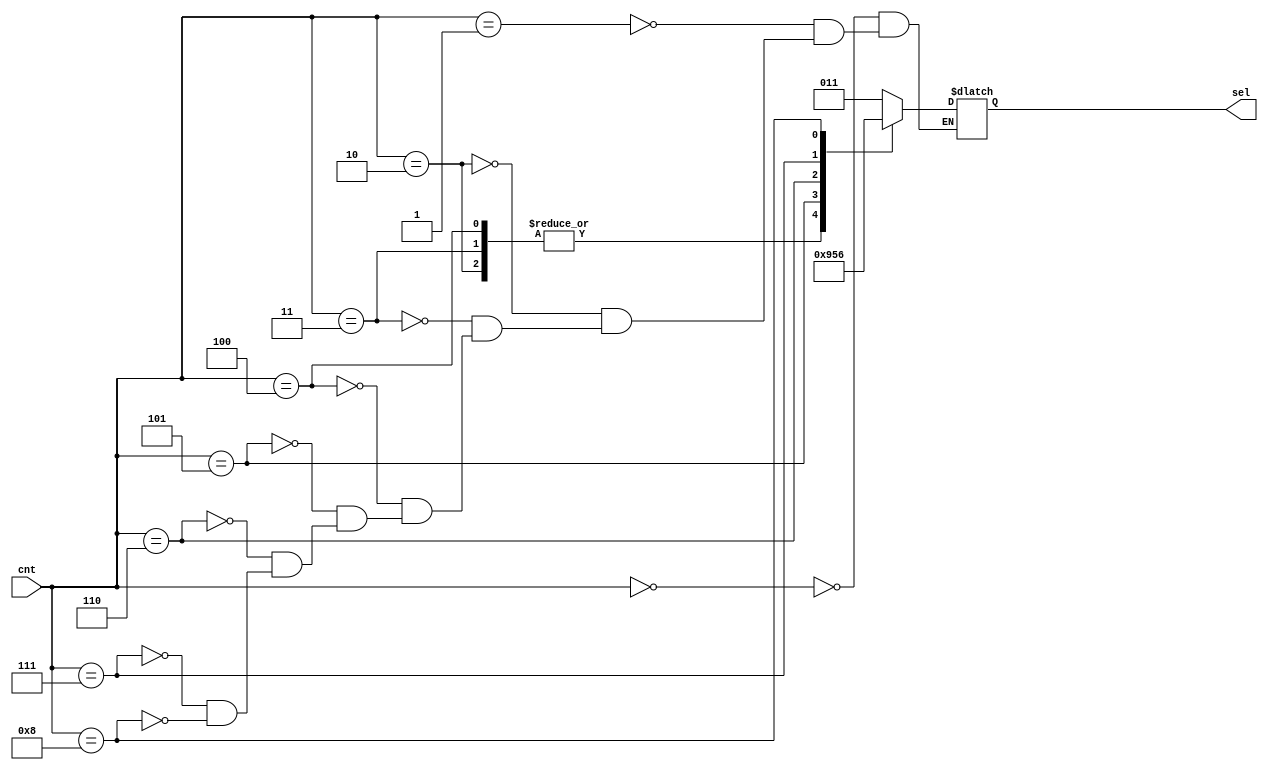
module SA_2_to_1_MUX_SEL_Decoder(
    input [3:0] cnt,
    output reg [2:0] sel
);
    always @(*) begin
        case(cnt)
            4'b0000 : sel = 3'b011;
            4'b0001 : sel = 3'b011;
            4'b0010 : sel = 3'b000;
            4'b0011 : sel = 3'b000;
            4'b0100 : sel = 3'b000;
            4'b0101 : sel = 3'b100;
            4'b0110 : sel = 3'b101;
            4'b0111 : sel = 3'b010;
            4'b1000 : sel = 3'b110;
        endcase
    end
endmodule